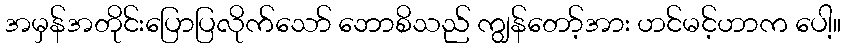
အမှန်အတိုင်းပြောပြလိုက်သော် ဘောစိသည် ကျွန်တော့်အား ဟင်မင့်ဟာက ပေါ့။